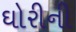
ઘોરીની